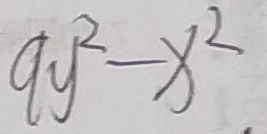
9 y ^ { 2 } - x ^ { 2 }